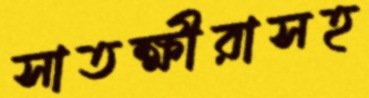
সাতক্ষীরাসহ